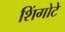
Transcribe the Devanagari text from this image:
शिंगोटे